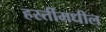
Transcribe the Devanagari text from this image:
हस्तींमधील